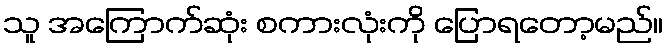
သူ အကြောက်ဆုံး စကားလုံးကို ပြောရတော့မည်။